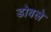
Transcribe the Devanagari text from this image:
डोबले